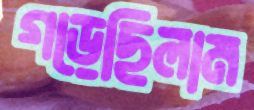
গড়েছিলাম